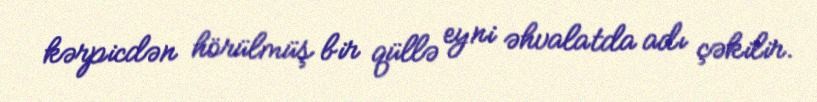
kərpicdən hörülmüş bir qüllə eyni əhvalatda adı çəkilir.